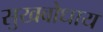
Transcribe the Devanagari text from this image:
सुखबोधाय